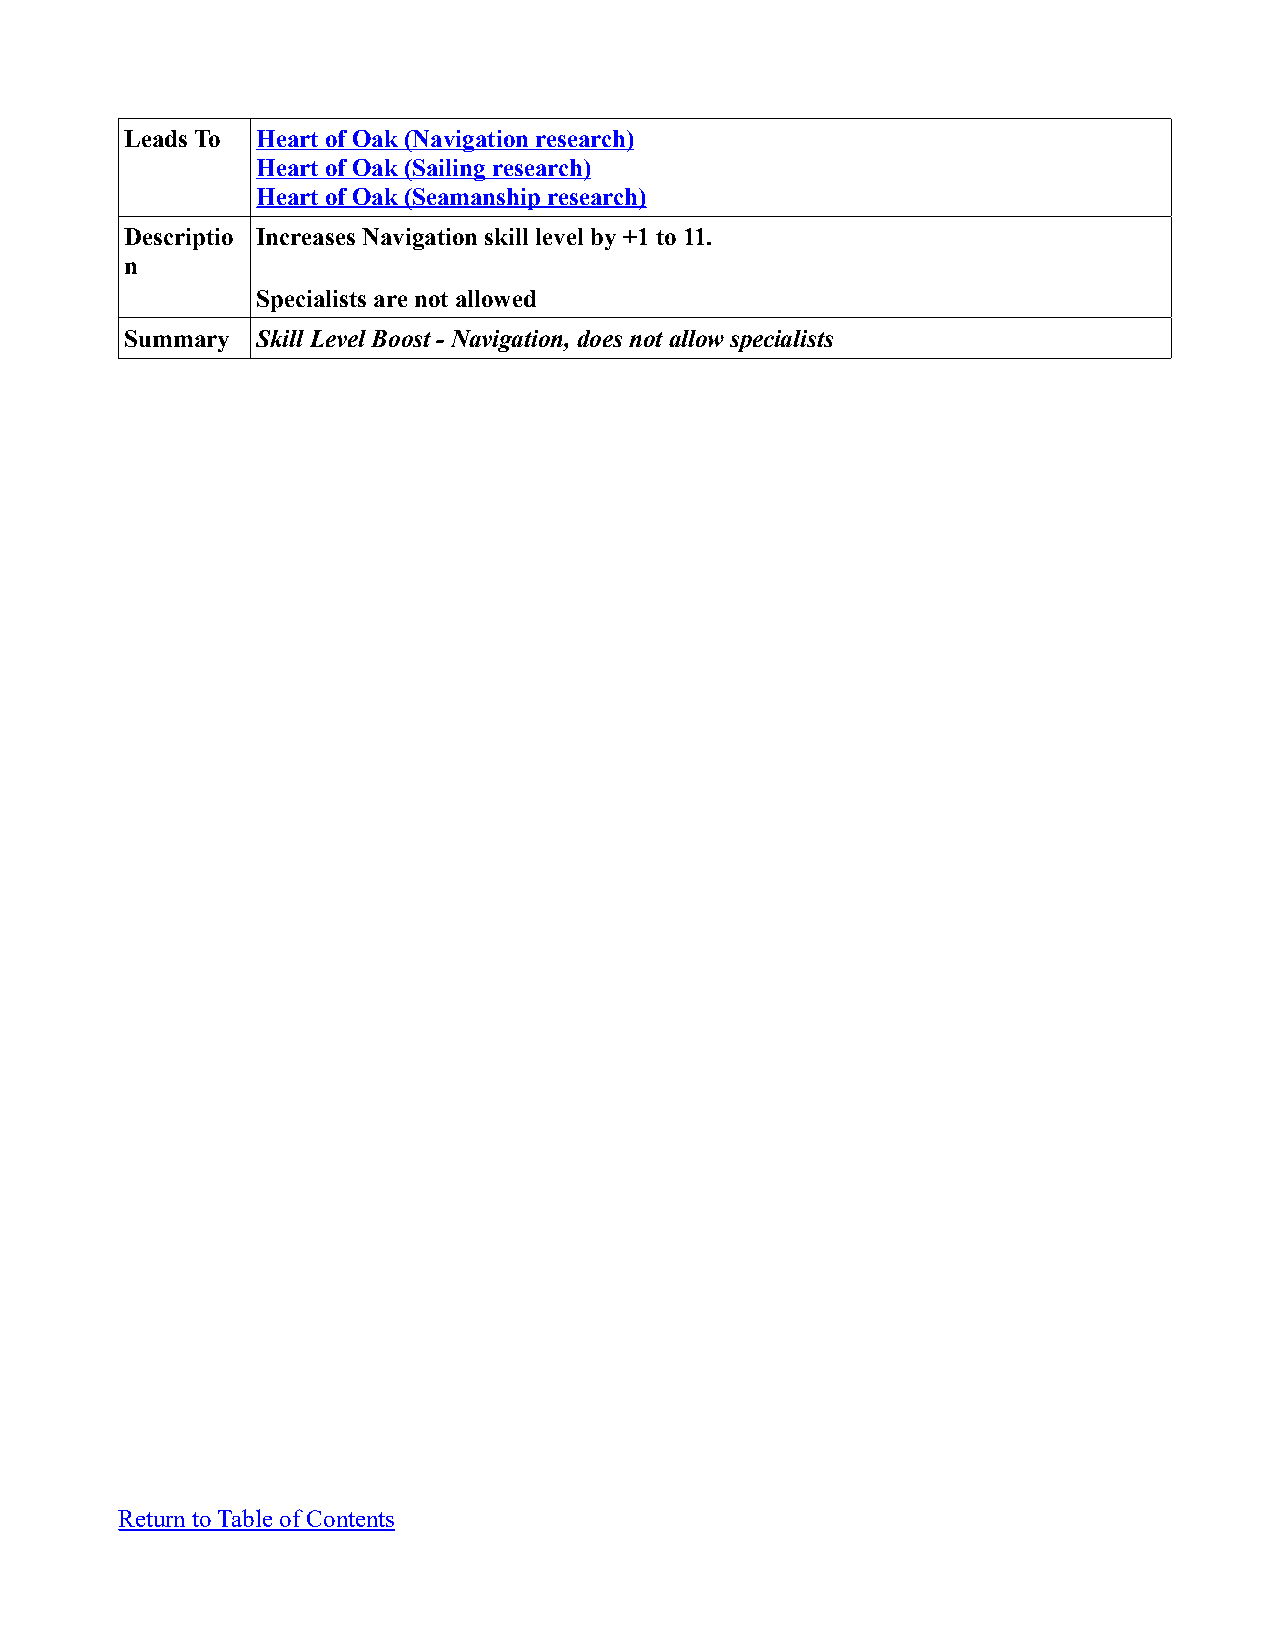
Leads To Heart of Oak (Navigation research)
 Heart of Oak (Sailing research)
 Heart of Oak (Seamanship research)
 Descriptio Increases Navigation skill level by +1 to 11.
 n
 Specialists are not allowed
 Summary  Skill Level Boost - Navigation, does not allow specialists
 Return to Table of Contents